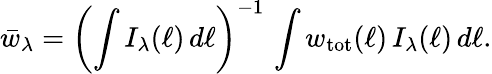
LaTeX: \bar{w}_{\lambda}=\left(\int I_{\lambda}(\ell)\, d\ell\right)^{-1}\, \int w_{\mathrm{tot}}(\ell)\, I_{\lambda}(\ell)\, d\ell.